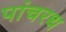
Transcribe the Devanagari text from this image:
पांचरथ